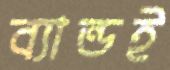
ব্যান্ডই